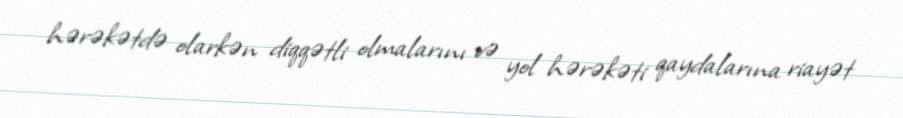
hərəkətdə olarkən diqqətli olmalarını və yol hərəkəti qaydalarına riayət